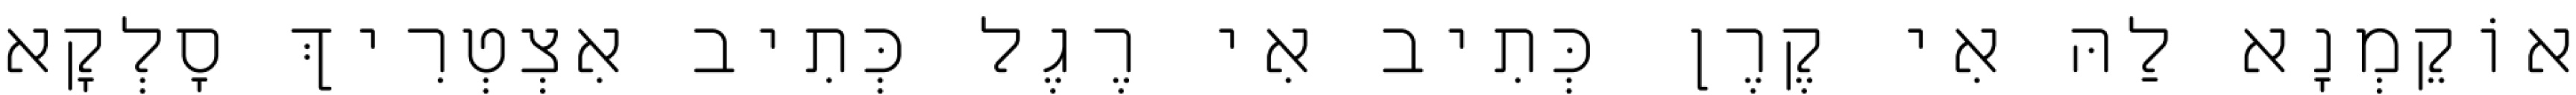
אוֹקֵמְנָא לַהּ אִי קֶרֶן כְּתִיב אִי רֶגֶל כְּתִיב אִצְטְרִיךְ סָלְקָא